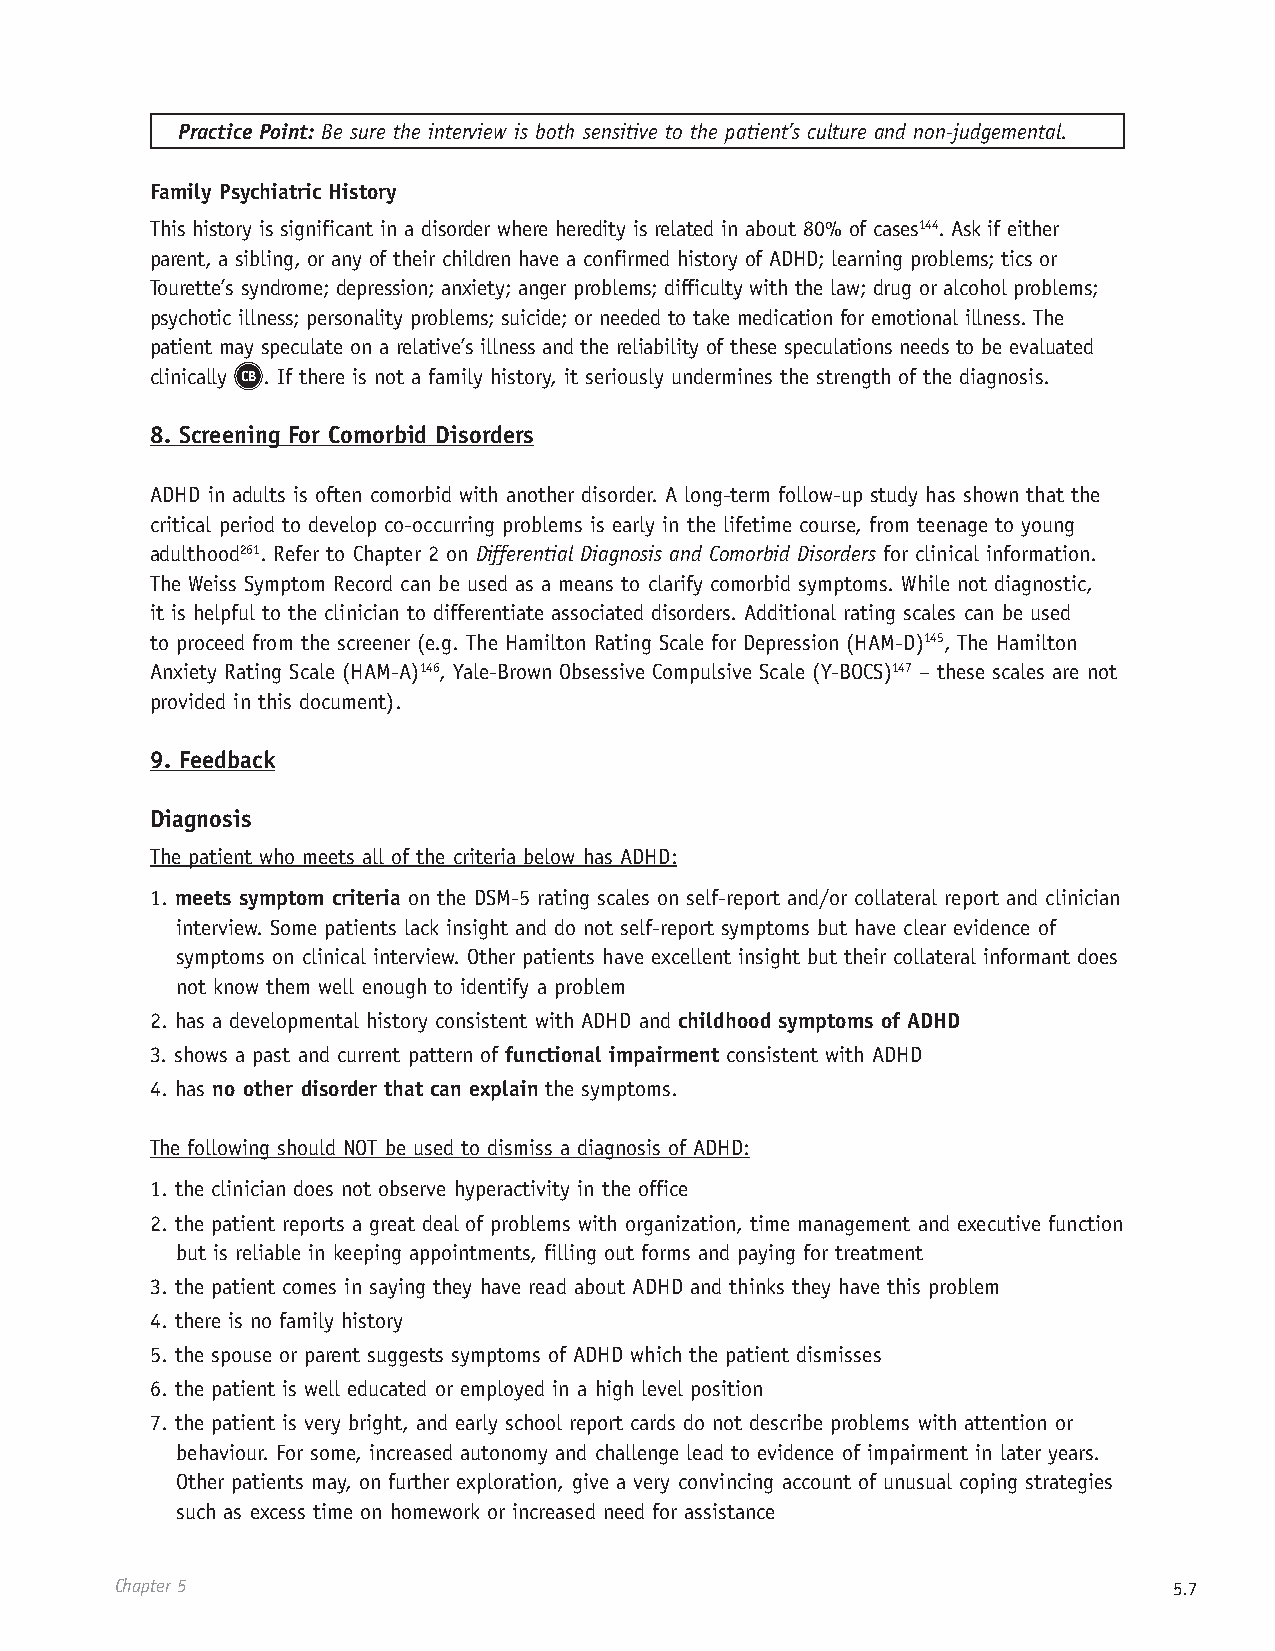
Practice Point: Be sure the interview is both sensitive to the patient’s culture and non-judgemental.
 Family Psychiatric History
 This history is significant in a disorder where heredity is related in about 80% of cases144. Ask if either
 parent, a sibling, or any of their children have a confirmed history of ADHD; learning problems; tics or
 Tourette’s syndrome; depression; anxiety; anger problems; difficulty with the law; drug or alcohol problems;
 psychotic illness; personality problems; suicide; or needed to take medication for emotional illness. The
 patient may speculate on a relative’s illness and the reliability of these speculations needs to be evaluated
 clinically CB . If there is not a family history, it seriously undermines the strength of the diagnosis.
 8. Screening For Comorbid Disorders
 ADHD in adults is often comorbid with another disorder. A long-term follow-up study has shown that the
 critical period to develop co-occurring problems is early in the lifetime course, from teenage to young
 adulthood261. Refer to Chapter 2 on Differential Diagnosis and Comorbid Disorders for clinical information.
 The Weiss Symptom Record can be used as a means to clarify comorbid symptoms. While not diagnostic,
 it is helpful to the clinician to differentiate associated disorders. Additional rating scales can be used
 to proceed from the screener (e.g. The Hamilton Rating Scale for Depression (HAM-D)145, The Hamilton
 Anxiety Rating Scale (HAM-A)146, Yale-Brown Obsessive Compulsive Scale (Y-BOCS)147 – these scales are not
 provided in this document).
 9. Feedback
 Diagnosis
 The patient who meets all of the criteria below has ADHD:
 1. meets symptom criteria on the DSM-5 rating scales on self-report and/or collateral report and clinician
 interview. Some patients lack insight and do not self-report symptoms but have clear evidence of
 symptoms on clinical interview. Other patients have excellent insight but their collateral informant does
 not know them well enough to identify a problem
 2. has a developmental history consistent with ADHD and childhood symptoms of ADHD
 3. shows a past and current pattern of functional impairment consistent with ADHD
 4. has no other disorder that can explain the symptoms.
 The following should NOT be used to dismiss a diagnosis of ADHD:
 1. the clinician does not observe hyperactivity in the office
 2. the patient reports a great deal of problems with organization, time management and executive function
 but is reliable in keeping appointments, filling out forms and paying for treatment
 3. the patient comes in saying they have read about ADHD and thinks they have this problem
 4. there is no family history
 5. the spouse or parent suggests symptoms of ADHD which the patient dismisses
 6. the patient is well educated or employed in a high level position
 7. the patient is very bright, and early school report cards do not describe problems with attention or
 behaviour. For some, increased autonomy and challenge lead to evidence of impairment in later years.
 Other patients may, on further exploration, give a very convincing account of unusual coping strategies
 such as excess time on homework or increased need for assistance
 Chapter 5                                                             5.7